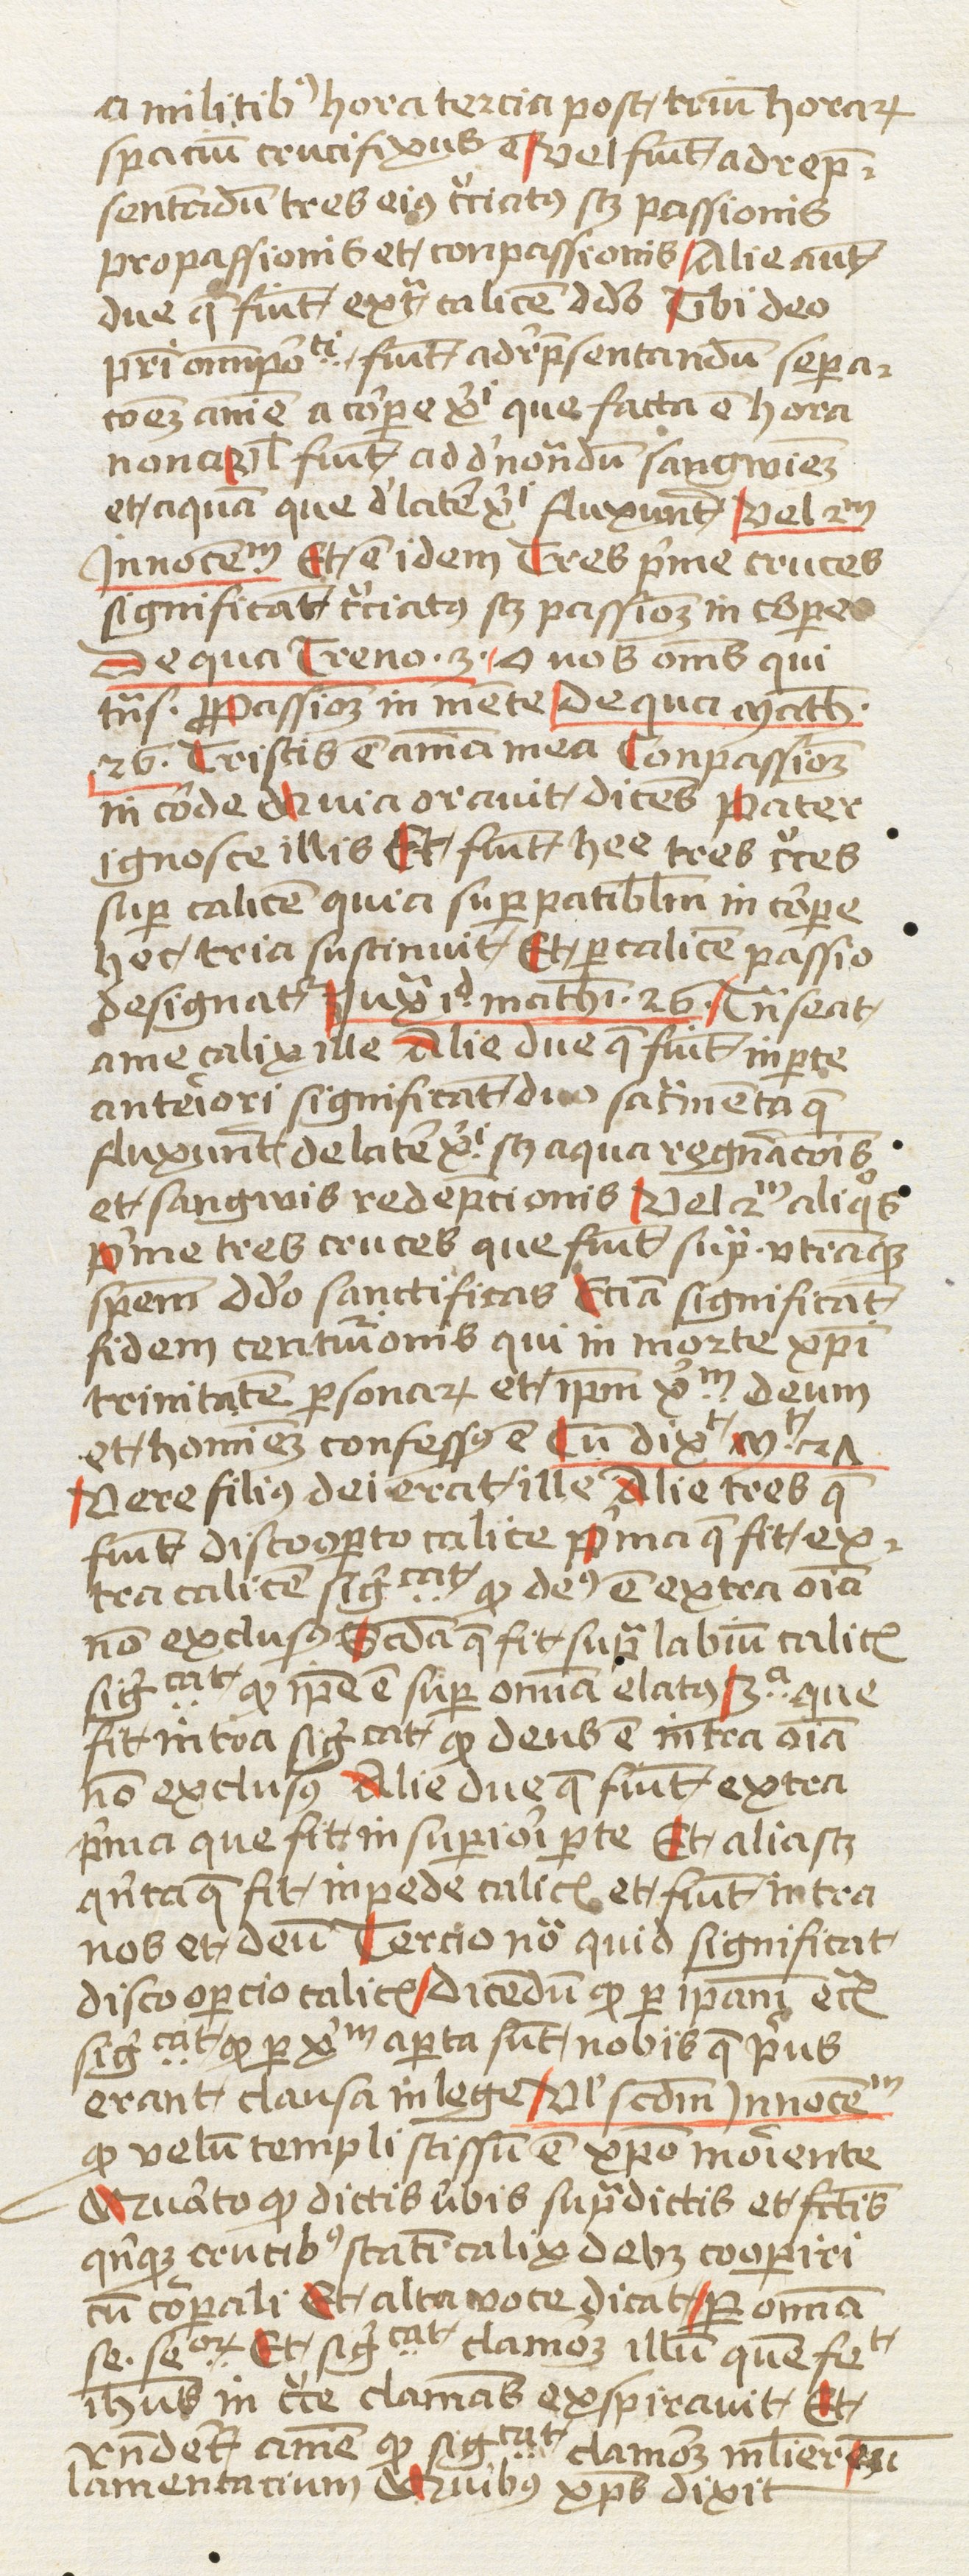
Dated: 1474–1474